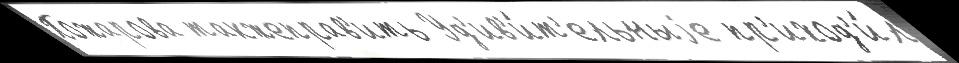
Пожарова такжеправ'ить Уд'ив'и́т'ельныjе пр'иход'и́л